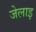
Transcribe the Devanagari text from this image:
जेलाइ